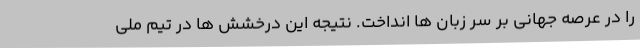
را در عرصه جهانی بر سر زبان ها انداخت. نتیجه این درخشش ها در تیم ملی